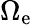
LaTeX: \Omega_{\mathrm{e}}